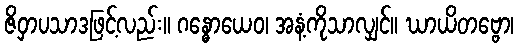
ဇိဝှာပသာဒဖြင့်လည်း။ ဂန္ဓောယေဝ၊ အနံ့ကိုသာလျှင်။ ဃာယိတဗ္ဗော၊